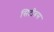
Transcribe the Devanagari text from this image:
सिटीबस